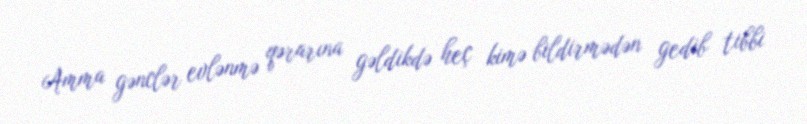
Amma gənclər evlənmə qərarına gəldikdə heç kimə bildirmədən gedib tibbi